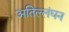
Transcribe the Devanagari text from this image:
अतिल्लंघन